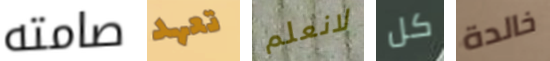
صامته تعهد لانعلم كل خالدة